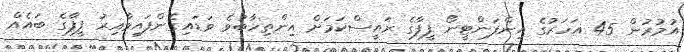
އުމުރުން 45 އަހަރުގެ އިންފަންޓީނޯ ފީފާގެ ރައީސްކަމަށް އިންތިހާބުވެ ވަޑައިގެންފައިވާއިރު ފީފާގެ ބައެއް